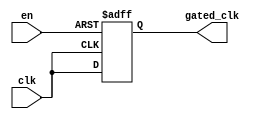
module clock_gating_buffer (
    input wire clk,      // Primary clock input
    input wire en,       // Enable signal
    output reg gated_clk  // Gated clock output
);

    // Always block to generate the gated clock
    always @(posedge clk or negedge en) begin
        if (!en) begin
            gated_clk <= 1'b0; // Gated clock is low when enable is deasserted
        end else begin
            gated_clk <= clk;   // Pass through the clock when enabled
        end
    end

endmodule